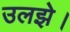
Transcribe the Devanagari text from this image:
उलझे।